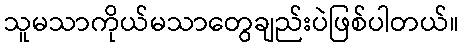
သူမသာကိုယ်မသာတွေချည်းပဲဖြစ်ပါတယ်။